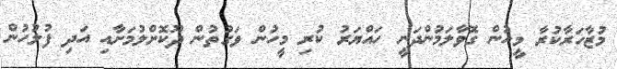
މުޒާހަރާކުރާ މީހުން ގޮވާލަމުންދަނީ ހައްޔަރު ކުރި މީހުން ވަގުތުން ދޫކޮށްލުމަށާއި އަދި ފުލުހުން